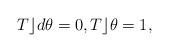
LaTeX: \begin{align*} T \rfloor d\theta=0, T\rfloor\theta=1,\end{align*}